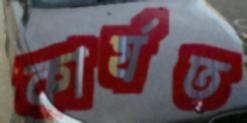
কার্যত